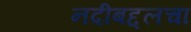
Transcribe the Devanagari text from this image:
नदीबद्दलचा